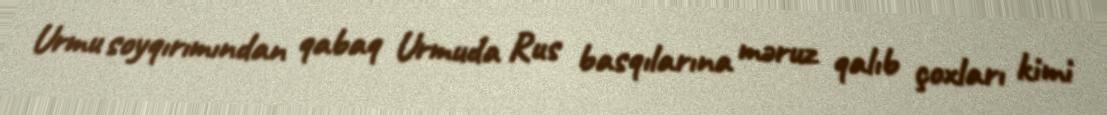
Urmu soyqırımından qabaq Urmuda Rus basqılarına məruz qalıb çoxları kimi